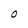
Character: 0